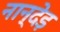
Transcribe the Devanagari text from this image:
नान्देड़